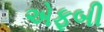
એફબી